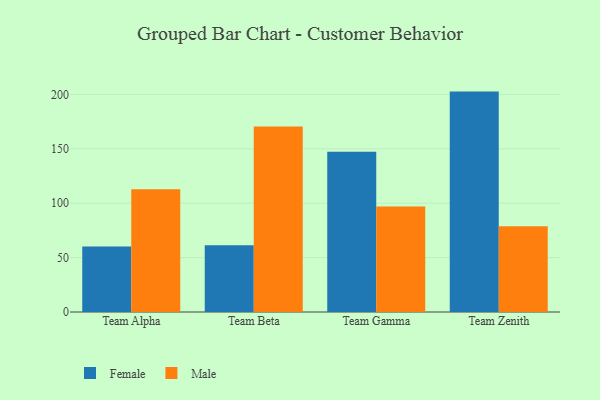
{"axis": {"x": "Team", "y": "Bounce Rate (%)"}, "legend": ["Female", "Male"], "data": [{"x": "Team Alpha", "y": 60.3, "type": "Female"}, {"x": "Team Alpha", "y": 112.9, "type": "Male"}, {"x": "Team Beta", "y": 61.4, "type": "Female"}, {"x": "Team Beta", "y": 170.5, "type": "Male"}, {"x": "Team Gamma", "y": 147.4, "type": "Female"}, {"x": "Team Gamma", "y": 96.9, "type": "Male"}, {"x": "Team Zenith", "y": 202.6, "type": "Female"}, {"x": "Team Zenith", "y": 78.9, "type": "Male"}]}